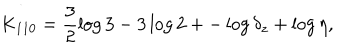
K _ { 1 1 0 } = \frac 3 2 \log 3 - 3 \log 2 + - \log \delta _ { z } + \log \eta ,